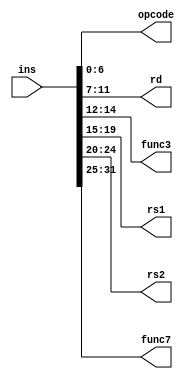
module InstructionParser
  (
  input wire [31:0] ins,
  output wire [6:0] opcode,
  output wire [4:0] rd,
  output wire [2:0] func3, 
  output wire [4:0] rs1,
  output wire [4:0] rs2,
  output wire [6:0] func7
  );
  
  assign opcode = ins[6:0];
  assign rd = ins[11:7];
  assign func3 = ins[14:12];
  assign rs1 = ins[19:15];
  assign rs2 = ins[24:20];
  assign func7 = ins[31:25];
    
endmodule